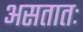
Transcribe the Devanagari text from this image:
असतातः